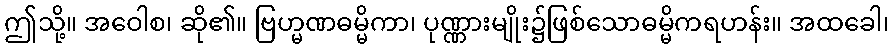
ဤသို့။ အဝေါစ၊ ဆို၏။ ဗြဟ္မဏဓမ္မိကာ၊ ပုဏ္ဏားမျိုး၌ဖြစ်သောဓမ္မိကရဟန်း။ အထခေါ၊